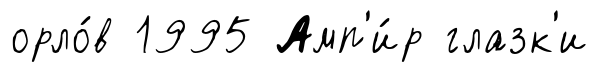
орло́в 1995 Амп'и́р глазк'и